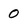
Character: 0